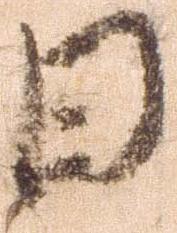
日